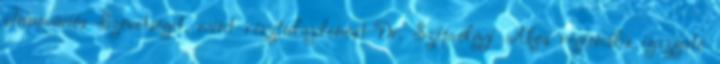
Innovációs Szövetséget, mint résztulajdonost Dr. Szépvölgyi Ákos regionális igazgató